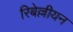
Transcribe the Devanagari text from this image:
रिबेल्लीयन